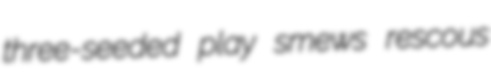
three-seeded play smews rescous